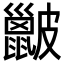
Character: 𥀰